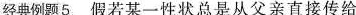
经典例题5 假若某一性状总是从父亲直接传给